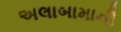
અલાબામાની